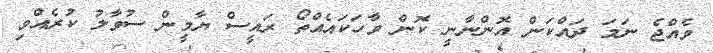
ވެއްޖެ ނަމަ ދައްކަން އޮންނާނީ ކޮން ވާހަކައެއްތޯ ރައީސް ޔާމީން ސުވާލު ކުރެއްވި